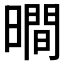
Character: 𣊺